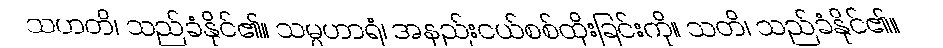
သဟတိ၊ သည်ခံနိုင်၏။ သမ္ပဟာရံ၊ အနည်းငယ်စစ်ထိုးခြင်းကို။ သတိ၊ သည်ခံနိုင်၏။